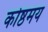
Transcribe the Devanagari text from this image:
कोष्ठमय